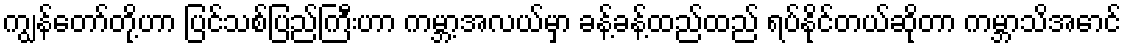
ကျွန်တော်တို့ဟာ ပြင်သစ်ပြည်ကြီးဟာ ကမ္ဘာ့အလယ်မှာ ခန့်ခန့်ထည်ထည် ရပ်နိုင်တယ်ဆိုတာ ကမ္ဘာသိအောင်